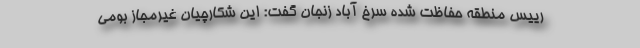
رییس منطقه حفاظت شده سرخ آباد زنجان گفت: این شکارچیان غیرمجاز بومی